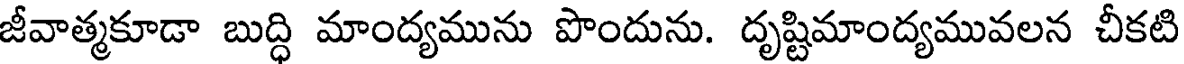
జీవాత్మకూడా బుద్ధి మాంద్యమును పొందును. దృష్టిమాంద్యమువలన చీకటి